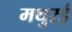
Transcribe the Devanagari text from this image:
मथुरई